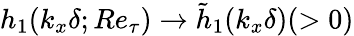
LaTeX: h_{1}(k_{x}\delta;Re_{\tau})\rightarrow\tilde{h}_{1}(k_{x}\delta)(>0)